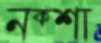
নক্শা